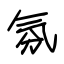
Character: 氛